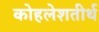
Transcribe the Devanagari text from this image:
कोहलेशतीर्थ